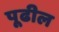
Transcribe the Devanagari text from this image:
पूढील